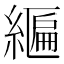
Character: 𦄒